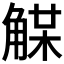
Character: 𧤈